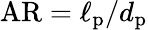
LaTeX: \textrm{AR}=\ell_{\mathrm{p}}/d_{\mathrm{p}}